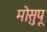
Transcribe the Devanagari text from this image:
मोसुपू